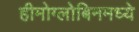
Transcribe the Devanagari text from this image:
हीमोग्लोबिनमध्ये